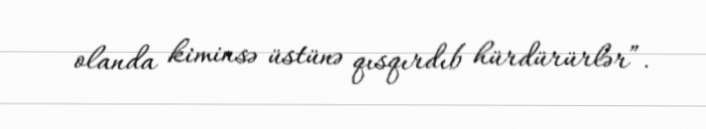
olanda kiminsə üstünə qısqırdıb hürdürürlər”.